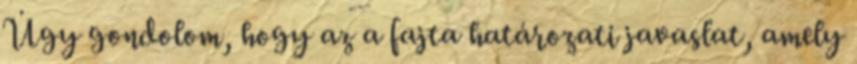
Úgy gondolom, hogy az a fajta határozati javaslat, amely